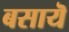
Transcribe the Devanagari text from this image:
बसायॆ